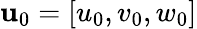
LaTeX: \mathbf{u}_{0}=[u_{0},v_{0},w_{0}]